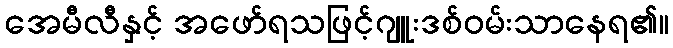
အေမီလီနှင့် အဖော်ရသဖြင့်ဂျူးဒစ်ဝမ်းသာနေရ၏။